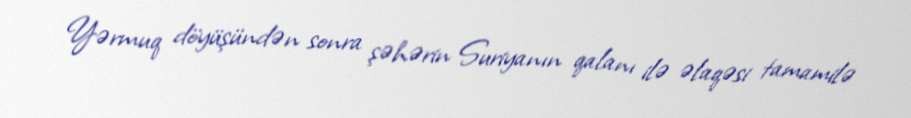
Yərmuq döyüşündən sonra şəhərin Suriyanın qalanı ilə əlaqəsi tamamilə